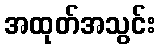
အထုတ်အသွင်း